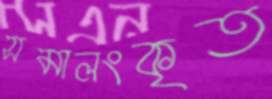
সমালংকৃত